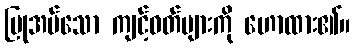
ပြုအပ်သော ကျင့်ဝတ်များကို ဟောထား၏။